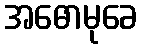
အဓောမုခေ